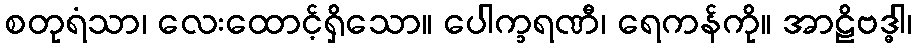
စတုရံသာ၊ လေးထောင့်ရှိသော။ ပေါက္ခရဏီ၊ ရေကန်ကို။ အာဠိဗဒ္ဓါ၊